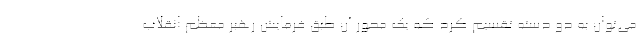
می‌توان به دو دسته تقسیم کرد که یک محور آن طبق فرمایش رهبر معظم انقلاب